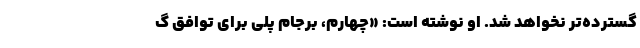
گسترده‌تر نخواهد شد. او نوشته است: «چهارم، برجام پلی برای توافق گ